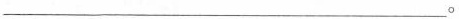
___。